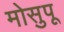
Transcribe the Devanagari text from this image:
मोसुपू